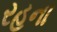
રહના